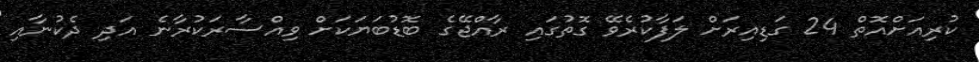
ކުރިއަށްއޮތް 24 ގަޑިއިރަށް ލަފާކުރެވޭ ގޮތުގައި ރާއްޖޭގެ ބޮޑުބަޔަކަށް ވިއްސާރަކުރާނެ އަދި ދެކުނާއި